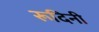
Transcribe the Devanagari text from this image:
रूदिनी